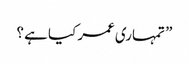
” تمہاری عمر کیا ہے ؟